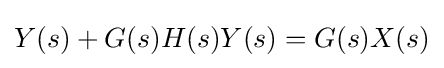
Y(s)+G(s)H(s)Y(s)=G(s)X(s)